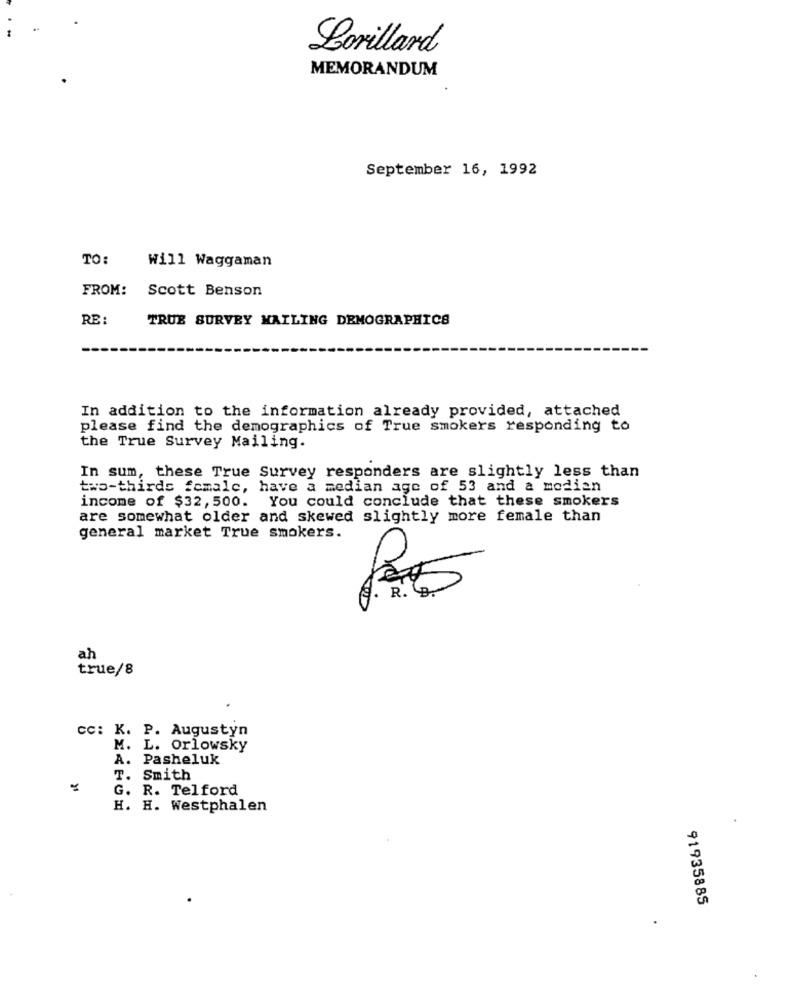
Lorillard
MEMORANDUM
September 16, 1992
TO:
Will Waggaman
FROM:
Scott Benson
RE:
TRUE SURVEY MAILING DEMOGRAPHICS
In addition to the information already provided, attached
please find the demographics of True smokers responding to
the True Survey Mailing.
In sum, these True Survey responders are slightly less than
two-thirds fcmale, have a median age of 53 and a median
income of $32, 500. You could conclude that these smokers
are somewhat older and skewed slightly more female than
general market True smokers.
F. R. B.
ah
true/8
Cc: K. P. Augustyn
M. L. Orlowsky
A. Pasheluk
T. Smith
G. R. Telford
H. H. Westphalen
91935885